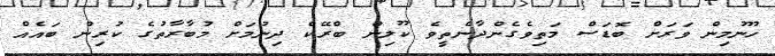
ހޫނުމިން ވަރަށް ބޮޑަސް މަތިވެގެންދާނެތީވެ ކޫލިން ބްރޭކް ދިނުމަށް މުބާރާތުގެ ކުރިން ބައެއް